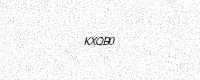
Text: KXQB0